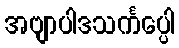
အဗျာပါဒသင်္ကပ္ပေါ